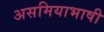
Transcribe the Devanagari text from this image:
असमियाभाषी